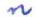
n